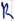
Text: R